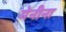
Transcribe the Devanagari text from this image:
मेनीना